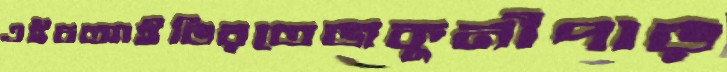
এইচআইভিরতেজকুনীপাড়